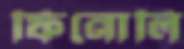
ফিনোলি